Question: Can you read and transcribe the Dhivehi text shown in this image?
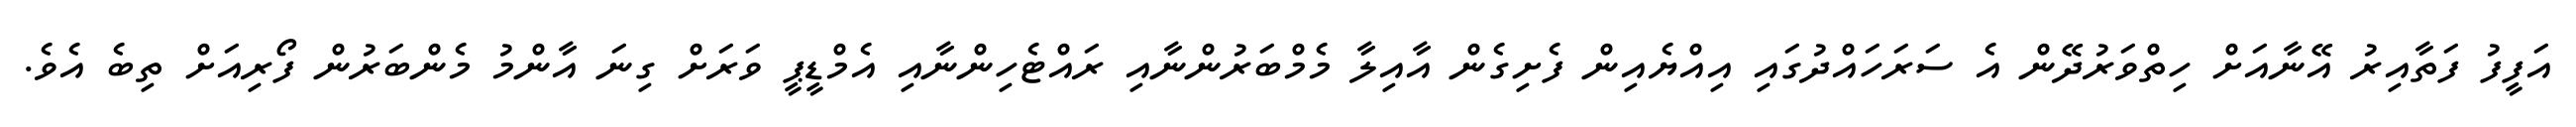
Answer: އަފީފު ފަތާއިރު އޭނާއަށް ހިތްވަރުދޭން އެ ސަރަހައްދުގައި އިއްޔެއިން ފެށިގެން އާއިލާ މެމްބަރުންނާއި ރައްޓެހިންނާއި އެމްޑީޕީ ވަރަށް ގިނަ އާންމު މެންބަރުން ފޯރިއަށް ތިބެ އެވެ.